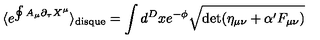
\langle e ^ { \oint A _ { \mu } \partial _ { \tau } X ^ { \mu } } \rangle _ { \mathrm { d i s q u e } } = \int d ^ { D } x e ^ { - \phi } \sqrt { \det ( \eta _ { \mu \nu } + \alpha ^ { \prime } F _ { \mu \nu } ) }